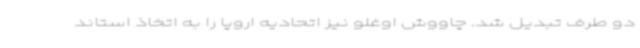
دو طرف تبدیل شد. چاووش اوغلو نیز اتحادیه اروپا را به اتخاذ استاند